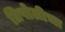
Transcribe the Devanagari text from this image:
त्रिपोलीचा